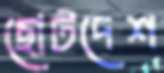
ছোটদেশ